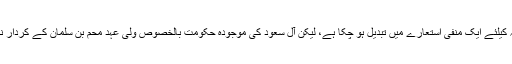
سعودی عرب کا ماضی اسکے سیاہ کارناموں کیوجہ سے امت مسلمہ کیلئے ایک منفی استعارے میں تبدیل ہو چکا ہے، لیکن آل سعود کی موجودہ حکومت بالخصوص ولی عہد محم بن سلمان کے کردار نے آل سعود کی تمام خامیوں اور مظالم کو بہت پیچھے چھوڑ دیا ہے۔